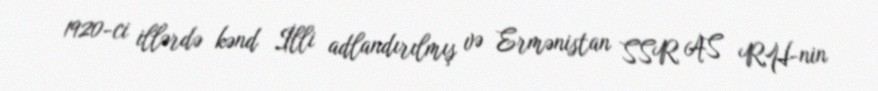
1920-ci illərdə kənd İlli adlandırılmış və Ermənistan SSR AS RH-nin